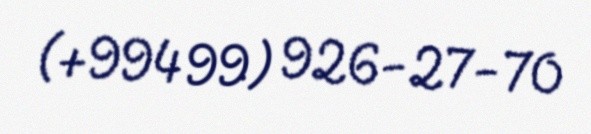
(+994 99) 926-27-70